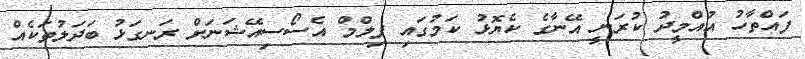
ފައްތާހު އުއްމީދު ކުރަނީ އޭނާގެ ކެޔޮޅު ކަމުގައި ފިލްމް އެސޯސިއޭޝަނަށް ރަނގަޅު ބަދަލުތަކެއް